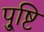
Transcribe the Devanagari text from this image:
पु्ष्टि